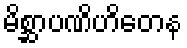
မိစ္ဆာပဏိဟိတေန